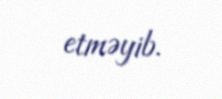
etməyib.